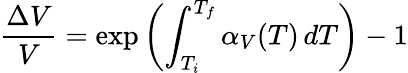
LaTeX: {\frac{\Delta V}{V}}=\exp\left(\int_{T_{i}}^{T_{f}}\alpha_{V}(T)\, dT\right)-1